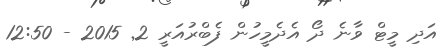
އަދި މީޓް ވާނެ ދޯ އެދެމީހުން ފެބްރުއަރީ 2